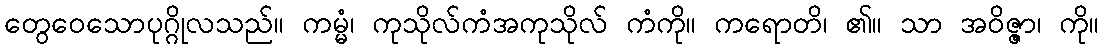
တွေဝေသောပုဂ္ဂိုလသည်။ ကမ္မံ၊ ကုသိုလ်ကံအကုသိုလ် ကံကို။ ကရောတိ၊ ၏။ သာ အဝိဇ္ဇာ၊ ကို။